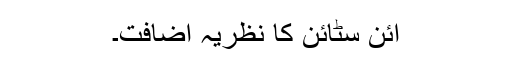
آئن سٹائن کا نظریۂ اضافت۔